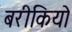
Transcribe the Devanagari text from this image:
बरीकियो